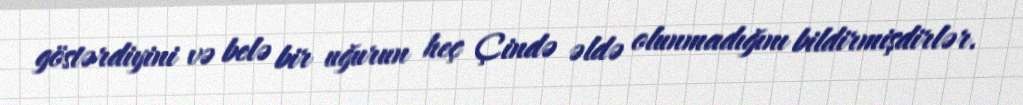
göstərdiyini və belə bir uğurun heç Çində əldə olunmadığını bildirmişdirlər.